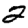
Digit: 2